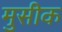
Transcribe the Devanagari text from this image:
मुसीक